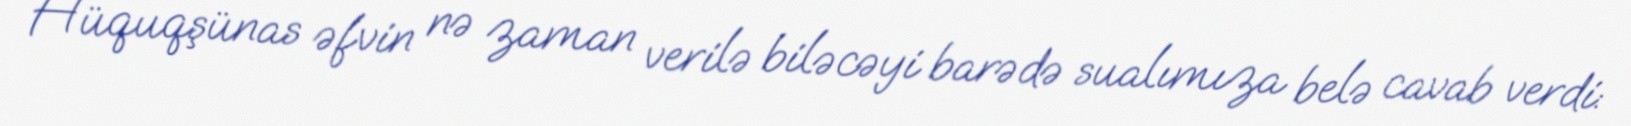
Hüquqşünas əfvin nə zaman verilə biləcəyi barədə sualımıza belə cavab verdi: